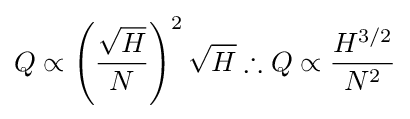
Q\propto \left({\frac {\sqrt {H}}{N}}\right)^{2}{\sqrt {H}}\therefore Q\propto {\frac {H^{3/2}}{N^{2}}}